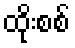
ထိုးစစ်